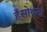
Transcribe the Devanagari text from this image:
हँसोथना